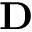
{ \bf D }